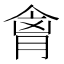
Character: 𫣍